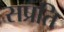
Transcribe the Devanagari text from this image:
सप्रति